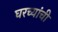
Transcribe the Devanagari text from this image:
घरच्यांची